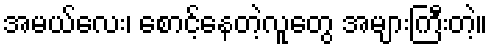
အမယ်လေး၊ စောင့်နေတဲ့လူတွေ အများကြီးတဲ့။